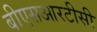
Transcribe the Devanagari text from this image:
बीएसआरटीसी